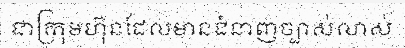
ជាក្រុមហ៊ុនដែលមានជំនាញច្បាស់លាស់